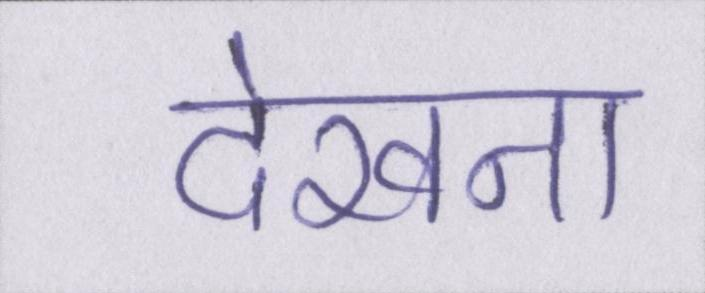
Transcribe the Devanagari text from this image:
देखना